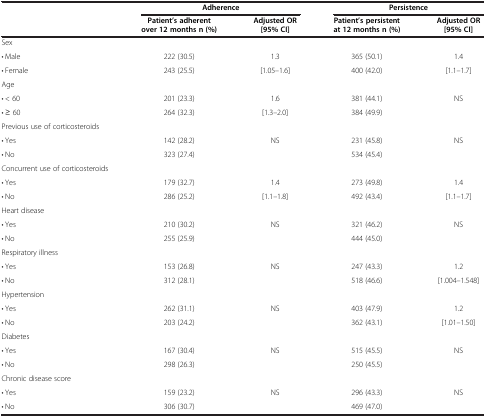
<table><thead><tr><td><b> </b></td><td colspan="2"><b>Adherence</b></td><td colspan="2"><b>Persistence</b></td></tr><tr><td><b> </b></td><td><b>Patient’s adherent over 12 months n (%)</b></td><td><b>Adjusted OR [95% CI]</b></td><td><b>Patient’s persistent at 12 months n (%)</b></td><td><b>Adjusted OR [95% CI]</b></td></tr></thead><tbody><tr><td>Sex</td><td> </td><td> </td><td> </td><td> </td></tr><tr><td>· Male</td><td>222 (30.5)</td><td>1.3</td><td>365 (50.1)</td><td>1.4</td></tr><tr><td>· Female</td><td>243 (25.5)</td><td>[1.05–1.6]</td><td>400 (42.0)</td><td>[1.1–1.7]</td></tr><tr><td>Age</td><td> </td><td> </td><td> </td><td> </td></tr><tr><td>· &lt; 60</td><td>201 (23.3)</td><td>1.6</td><td>381 (44.1)</td><td>NS</td></tr><tr><td>· ≥ 60</td><td>264 (32.3)</td><td>[1.3–2.0]</td><td>384 (49.9)</td><td> </td></tr><tr><td>Previous use of corticosteroids</td><td> </td><td> </td><td> </td><td> </td></tr><tr><td>· Yes</td><td>142 (28.2)</td><td>NS</td><td>231 (45.8)</td><td>NS</td></tr><tr><td>· No</td><td>323 (27.4)</td><td> </td><td>534 (45.4)</td><td> </td></tr><tr><td>Concurrent use of corticosteroids</td><td> </td><td> </td><td> </td><td> </td></tr><tr><td>· Yes</td><td>179 (32.7)</td><td>1.4</td><td>273 (49.8)</td><td>1.4</td></tr><tr><td>· No</td><td>286 (25.2)</td><td>[1.1–1.8]</td><td>492 (43.4)</td><td>[1.1–1.7]</td></tr><tr><td>Heart disease</td><td> </td><td> </td><td> </td><td> </td></tr><tr><td>· Yes</td><td>210 (30.2)</td><td>NS</td><td>321 (46.2)</td><td>NS</td></tr><tr><td>· No</td><td>255 (25.9)</td><td> </td><td>444 (45.0)</td><td> </td></tr><tr><td>Respiratory illness</td><td> </td><td> </td><td> </td><td> </td></tr><tr><td>· Yes</td><td>153 (26.8)</td><td>NS</td><td>247 (43.3)</td><td>1.2</td></tr><tr><td>· No</td><td>312 (28.1)</td><td> </td><td>518 (46.6)</td><td>[1.004–1.548]</td></tr><tr><td>Hypertension</td><td> </td><td> </td><td> </td><td> </td></tr><tr><td>· Yes</td><td>262 (31.1)</td><td>NS</td><td>403 (47.9)</td><td>1.2</td></tr><tr><td>· No</td><td>203 (24.2)</td><td> </td><td>362 (43.1)</td><td>[1.01–1.50]</td></tr><tr><td>Diabetes</td><td> </td><td> </td><td> </td><td> </td></tr><tr><td>· Yes</td><td>167 (30.4)</td><td>NS</td><td>515 (45.5)</td><td>NS</td></tr><tr><td>· No</td><td>298 (26.3)</td><td> </td><td>250 (45.5)</td><td> </td></tr><tr><td>Chronic disease score</td><td> </td><td> </td><td> </td><td> </td></tr><tr><td>· Yes</td><td>159 (23.2)</td><td>NS</td><td>296 (43.3)</td><td>NS</td></tr><tr><td>· No</td><td>306 (30.7)</td><td> </td><td>469 (47.0)</td><td> </td></tr></tbody></table>